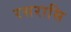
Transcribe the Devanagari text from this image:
रसरासि